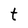
Character: t